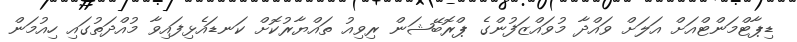
ޑިޕާޓްމަންޓްއަށް އަލަށް ވައްދާ މުވައްޒަފުންގެ ޕްރޮބޭޝަން ރިވިއު ތައްޔާރުކޮށް ކަނޑައެޅިފައިވާ މުއްދަތުގައި ހިއުމަން